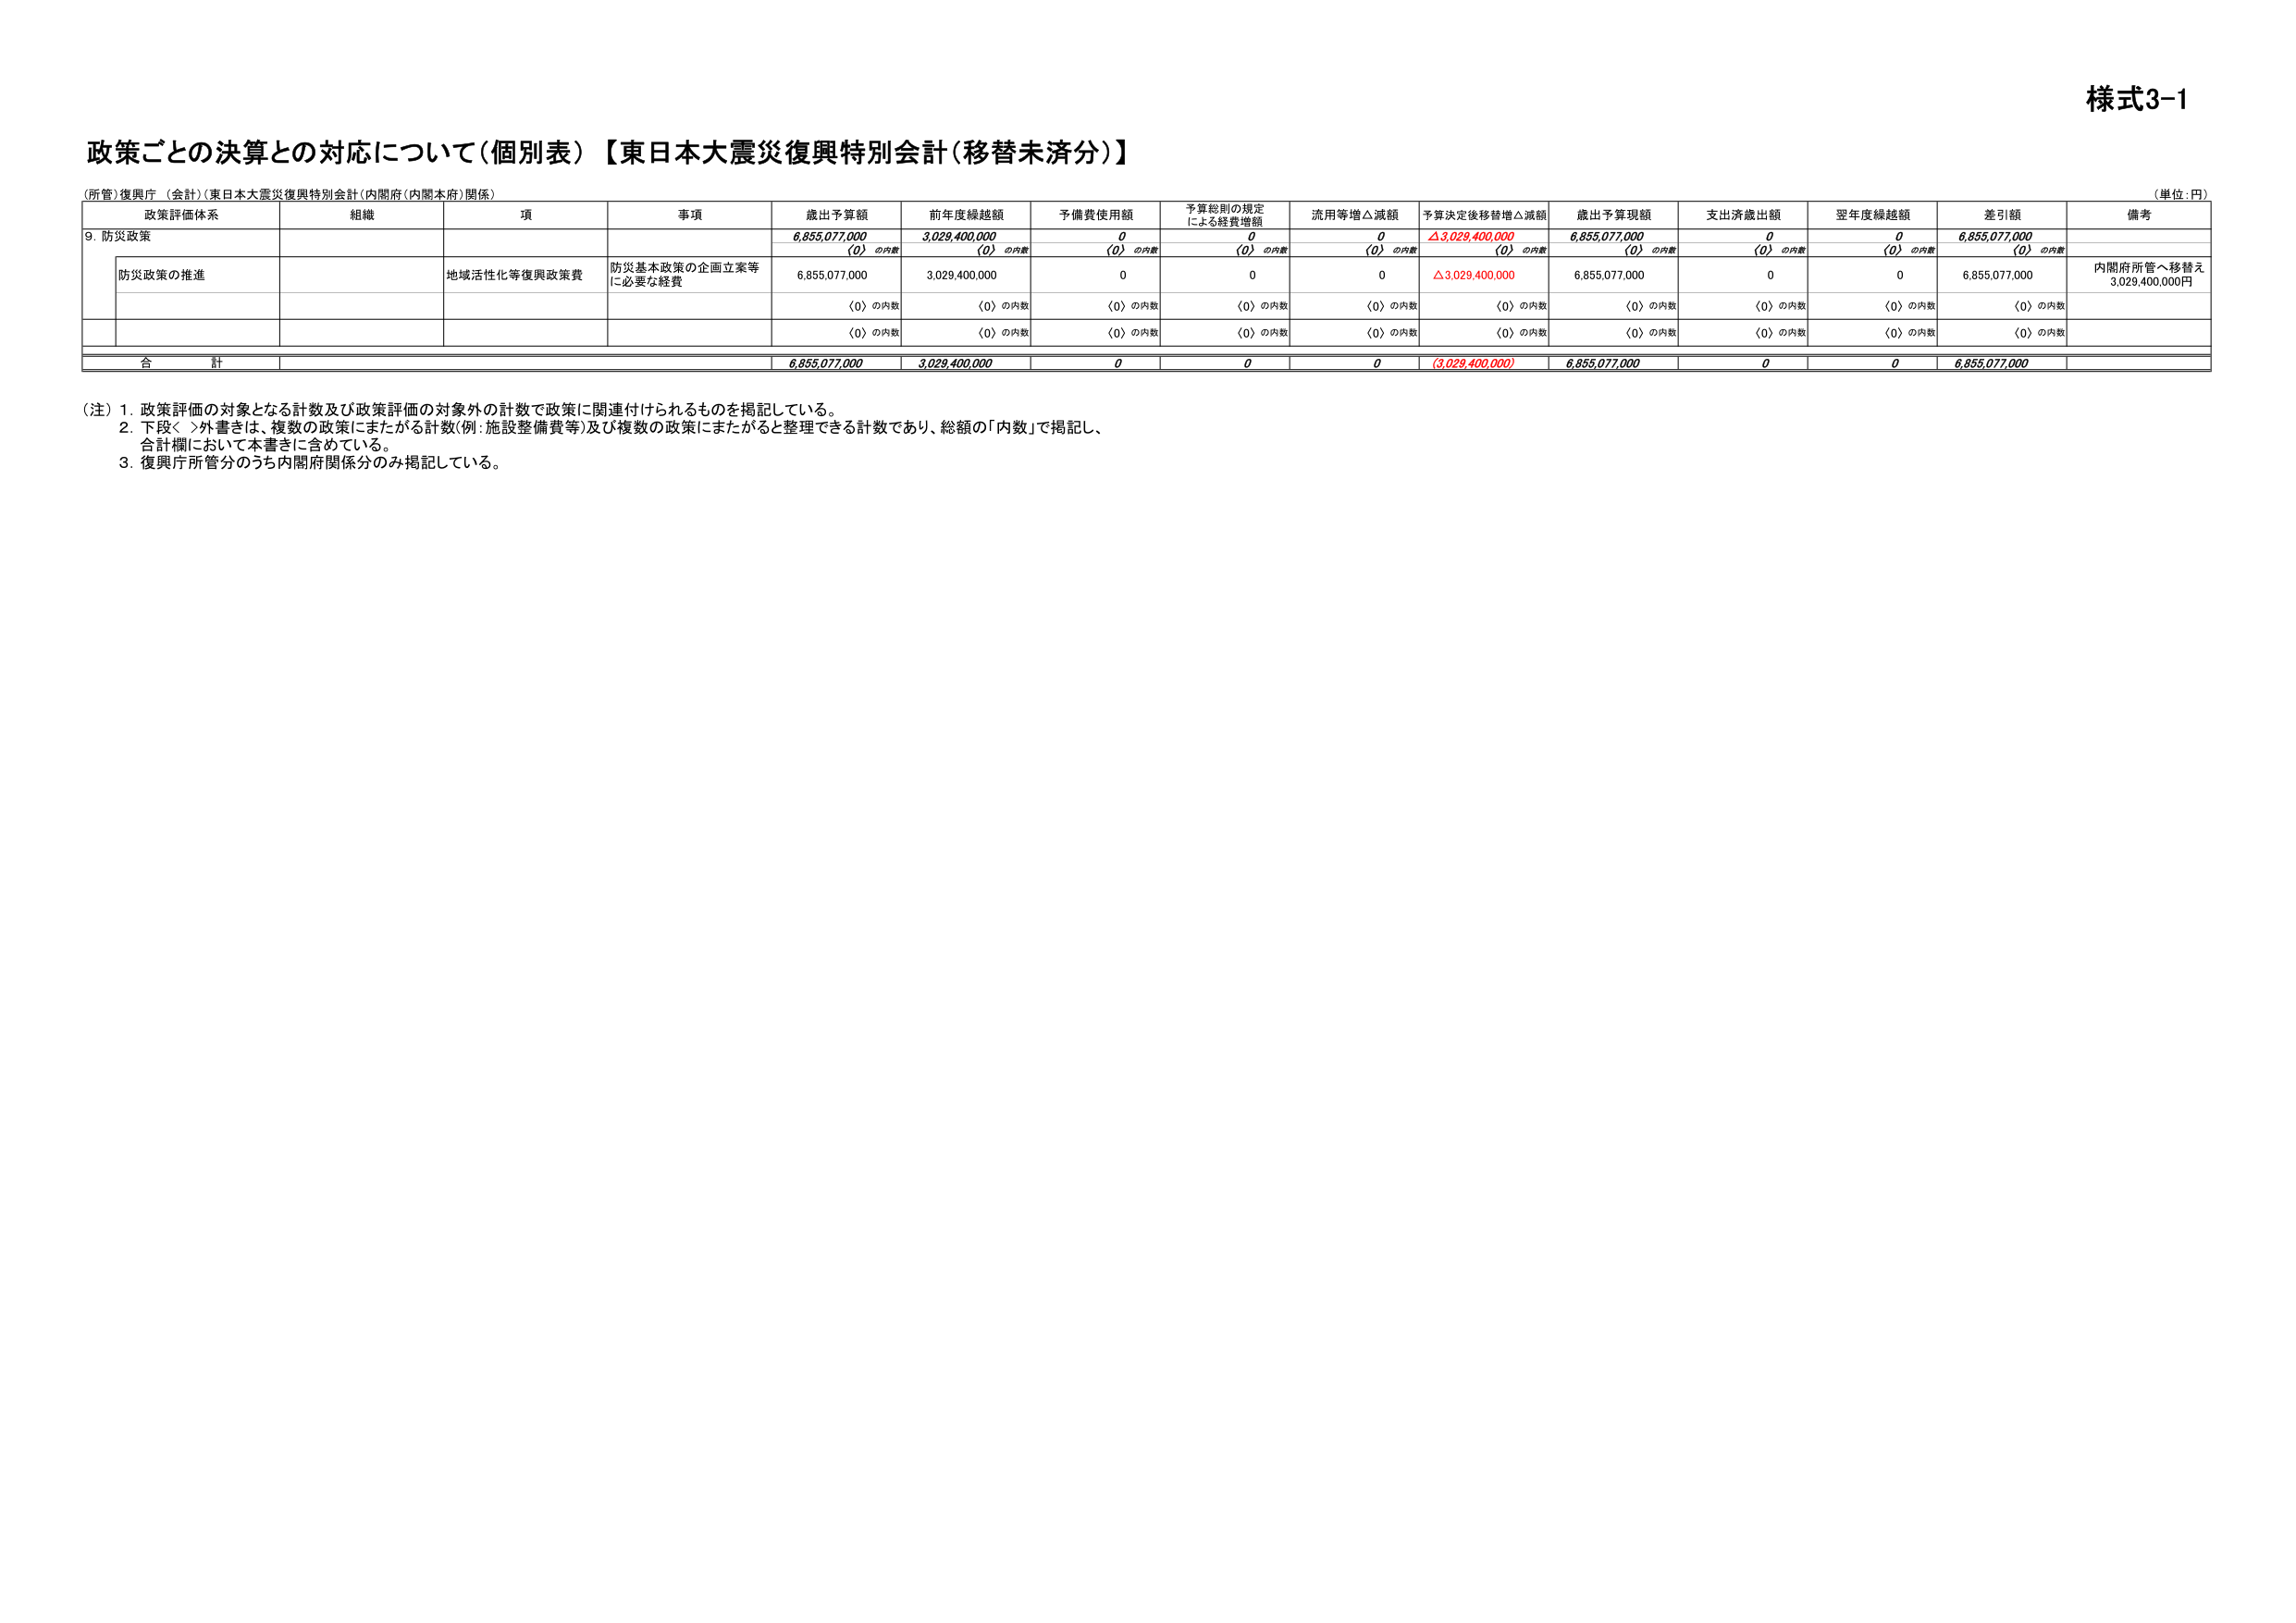
様式3-1

政策ごとの決算との対応について（個別表）【東日本大震災復興特別会計（移替未済分）】

（所管）復興庁（会計）（東日本大震災復興特別会計（内閣府（内閣本府）関係））

（単位：円）

政策評価体系　　組織　　項　　事項　　歳出予算額　　前年度繰越額　　予備費使用額　　予算総則の規定による経費増額　　流用等増△減額　　予算決定後移替増△減額　　歳出予算現額　　支出済歳出額　　翌年度繰越額　　差引額　　備考

9. 防災政策